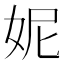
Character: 妮